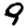
Digit: 9